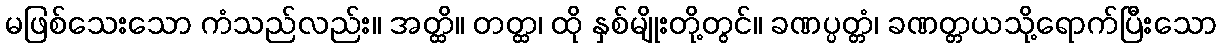
မဖြစ်သေးသော ကံသည်လည်း။ အတ္ထိ။ တတ္ထ၊ ထို နှစ်မျိုးတို့တွင်။ ခဏပ္ပတ္တံ၊ ခဏတ္တယသို့ရောက်ပြီးသော